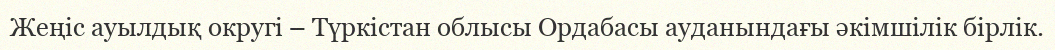
Жеңіс ауылдық округі – Түркістан облысы Ордабасы ауданындағы әкімшілік бірлік.